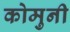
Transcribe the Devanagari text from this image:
कोमुनी